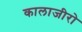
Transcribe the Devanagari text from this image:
कालाजीरो